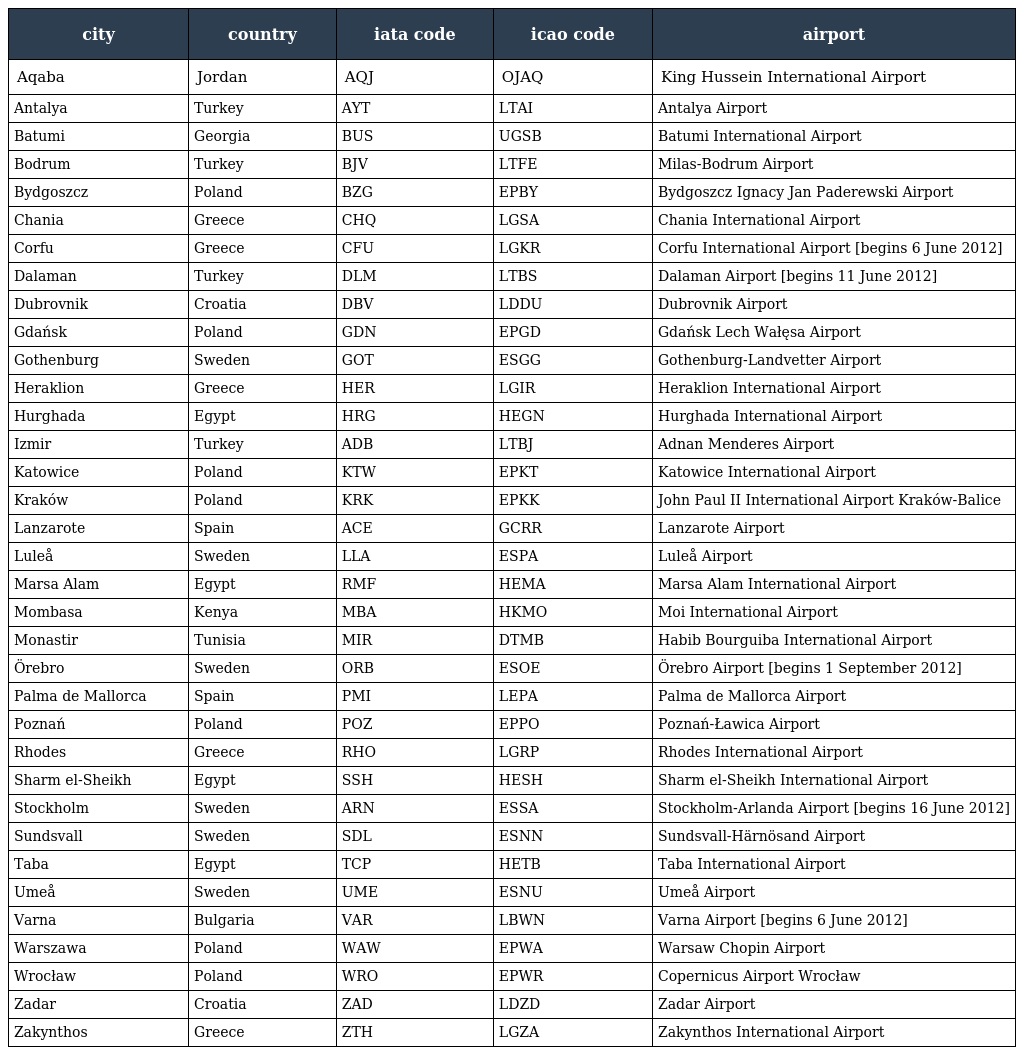
| city | country | iata code | icao code | airport |
 | --- | --- | --- | --- | --- |
 | Aqaba | Jordan | AQJ | OJAQ | King Hussein International Airport |
 | Antalya | Turkey | AYT | LTAI | Antalya Airport |
 | Batumi | Georgia | BUS | UGSB | Batumi International Airport |
 | Bodrum | Turkey | BJV | LTFE | Milas-Bodrum Airport |
 | Bydgoszcz | Poland | BZG | EPBY | Bydgoszcz Ignacy Jan Paderewski Airport |
 | Chania | Greece | CHQ | LGSA | Chania International Airport |
 | Corfu | Greece | CFU | LGKR | Corfu International Airport [begins 6 June 2012] |
 | Dalaman | Turkey | DLM | LTBS | Dalaman Airport [begins 11 June 2012] |
 | Dubrovnik | Croatia | DBV | LDDU | Dubrovnik Airport |
 | Gdańsk | Poland | GDN | EPGD | Gdańsk Lech Wałęsa Airport |
 | Gothenburg | Sweden | GOT | ESGG | Gothenburg-Landvetter Airport |
 | Heraklion | Greece | HER | LGIR | Heraklion International Airport |
 | Hurghada | Egypt | HRG | HEGN | Hurghada International Airport |
 | Izmir | Turkey | ADB | LTBJ | Adnan Menderes Airport |
 | Katowice | Poland | KTW | EPKT | Katowice International Airport |
 | Kraków | Poland | KRK | EPKK | John Paul II International Airport Kraków-Balice |
 | Lanzarote | Spain | ACE | GCRR | Lanzarote Airport |
 | Luleå | Sweden | LLA | ESPA | Luleå Airport |
 | Marsa Alam | Egypt | RMF | HEMA | Marsa Alam International Airport |
 | Mombasa | Kenya | MBA | HKMO | Moi International Airport |
 | Monastir | Tunisia | MIR | DTMB | Habib Bourguiba International Airport |
 | Örebro | Sweden | ORB | ESOE | Örebro Airport [begins 1 September 2012] |
 | Palma de Mallorca | Spain | PMI | LEPA | Palma de Mallorca Airport |
 | Poznań | Poland | POZ | EPPO | Poznań-Ławica Airport |
 | Rhodes | Greece | RHO | LGRP | Rhodes International Airport |
 | Sharm el-Sheikh | Egypt | SSH | HESH | Sharm el-Sheikh International Airport |
 | Stockholm | Sweden | ARN | ESSA | Stockholm-Arlanda Airport [begins 16 June 2012] |
 | Sundsvall | Sweden | SDL | ESNN | Sundsvall-Härnösand Airport |
 | Taba | Egypt | TCP | HETB | Taba International Airport |
 | Umeå | Sweden | UME | ESNU | Umeå Airport |
 | Varna | Bulgaria | VAR | LBWN | Varna Airport [begins 6 June 2012] |
 | Warszawa | Poland | WAW | EPWA | Warsaw Chopin Airport |
 | Wrocław | Poland | WRO | EPWR | Copernicus Airport Wrocław |
 | Zadar | Croatia | ZAD | LDZD | Zadar Airport |
 | Zakynthos | Greece | ZTH | LGZA | Zakynthos International Airport |